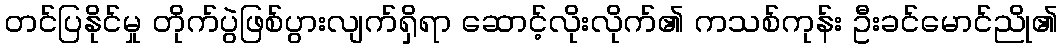
တင်ပြနိုင်မှု တိုက်ပွဲဖြစ်ပွားလျက်ရှိရာ ဆောင့်လိုးလိုက်၏ ကသစ်ကုန်း ဦးခင်မောင်ညို၏